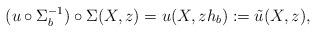
LaTeX: \begin{align*} (u\circ \Sigma_b^{-1})\circ \Sigma(X,z) = u(X,zh_b) : = \tilde u(X,z), \end{align*}